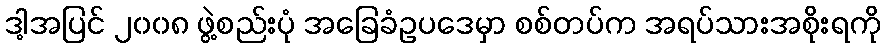
ဒါ့အပြင် ၂၀၀၈ ဖွဲ့စည်းပုံ အခြေခံဥပဒေမှာ စစ်တပ်က အရပ်သားအစိုးရကို